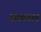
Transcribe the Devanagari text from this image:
१।७।२।१